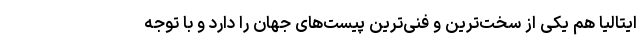
ایتالیا هم یکی از سخت‌ترین و فنی‌ترین پیست‌های جهان را دارد و با توجه